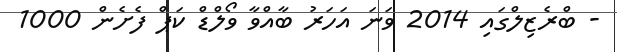
- ބްރެޒިލްގައި 2014 ވަނަ އަހަރު ބާއްވާ ވޯލްޑް ކަޕް ފެށެން 1000